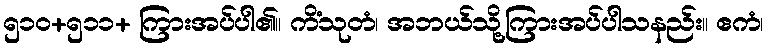
၅၁၀+၅၁၁+ ကြားအပ်ပါ၏။ ကိံသုတံ၊ အဘယ်သို့ကြားအပ်ပါသနည်း။ ဧကံ၊